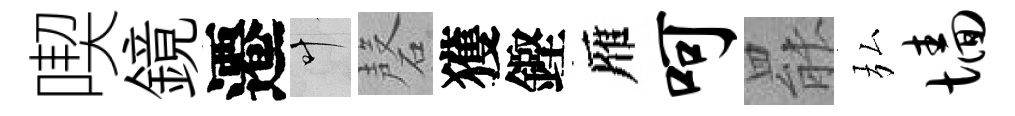
喫鏡遷叶磬獲鏗雁呵罷弘墙